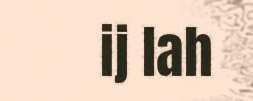
ij lah